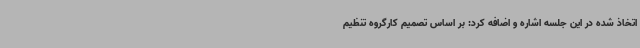
اتخاذ شده در این جلسه اشاره و اضافه کرد: بر اساس تصمیم کارگروه تنظیم